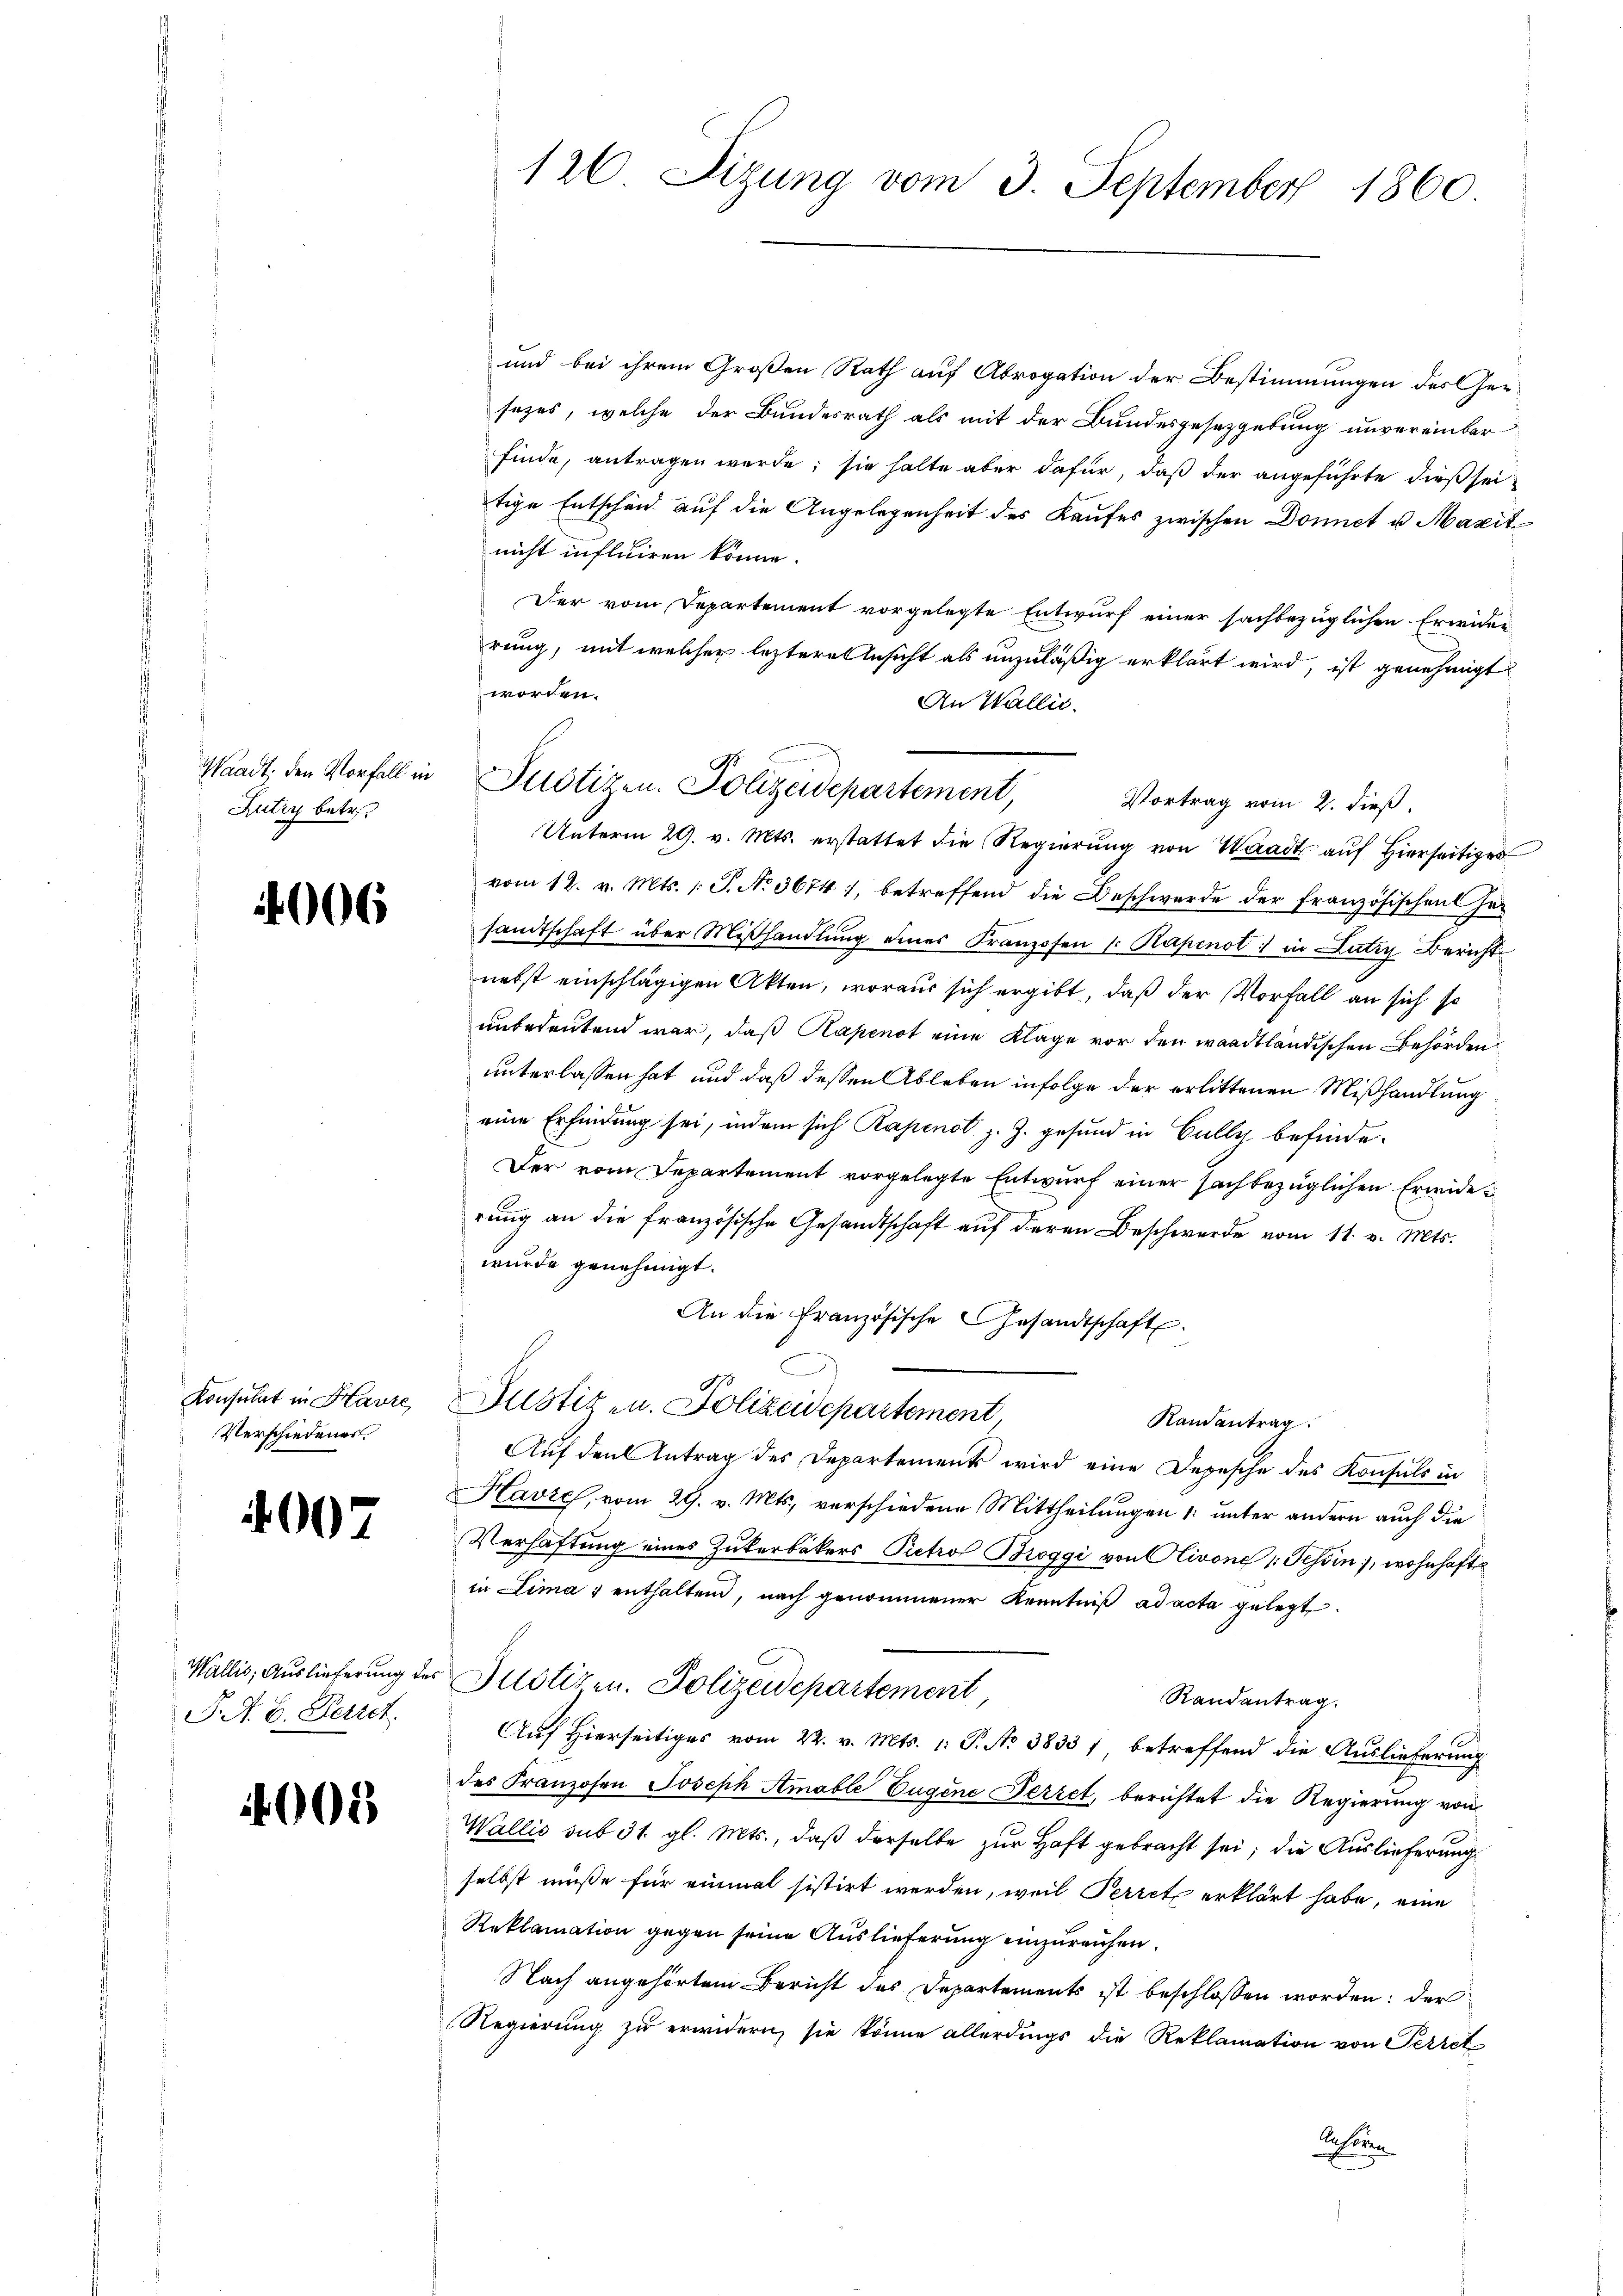
Waadt, den Vorfall in
Lutry betr.

4006

Konsulat in Havre,
Verschiedener

4007

Wallis, Auslieferung des
J. A. B. Petret

003

126. Sizung vom 3. September 1860.

und bei ihrem Großen Rath auf Abrogation der Bestimmungen des er-
sezes, welche der Bundesrath als mit der Bundesgesetzgebung unvereinbar
finde, antragen werde; sie halte aber dafür, daß der angeführte dieß seitige Entscheid auf die Angelegenheit des Kaufes zwischen Donnet u. Maxit
nicht influiren könne.
Der vom Departement vorgelegte Entwurf einer sachbezüglichen Erwider
rung, mit welcher leztere Ansicht als unzuläßig erklärt wird, ist genehmigt
worden.
An Wallis.
Vortrag vom 2. dieß.
Unterm 29. v. Mts. erstattet die Regierŭng von Waadt auf hierseitiges
vom 12. v. Mts. 1 S. No 3674), betreffend die Beschwerde der französischen Gesandtschaft über Mißhandlung eines Franzosen v. Kapenot in Lutry Bericht
nebst einschlägigen Akten, woraus sich ergibt, daß der Vorfall an sich so
unbedeutend war, daß Kapenot eine Klage vor den waadtländischen Behörden
unterlassen hat, und daß dessen Ableben infolge der erlittenen Mißhandlung
eine Erfindung sei, indem sich Rapenot z. Z. gesund in Gully befinde-
Der vom Departement vorgelegte Entwurf einer sachbezüglichen Erwiderung an die französische Gesandtschaft auf deren Beschwerde vom 11. v. Mts.
wurde genehmigt.
An die Französische Gesandtschaft.
Justiz- u. Polizeidepartement
Ramantrag
Auf den Antrag des Departements wird eine Depesche des Konsuls in
Havre, vom 29. v. Mts., verschiedene Mittheilungen 1. unter andern auch die
Verhaftung eines Zukerbäkers Petro Broggi von Olivone u. Tessin, wohnhafte
in Clima 1 enthalten, nach genommener Kenntniß ad acta gelegt.
Justizen. Polizeidepartement,
Randantrag.
Auf Hierseitiges vom 22. v. Mts. 1. P. No 3833 1 betreffend die Auslieferung
des Franzosen Joseph Amable Eugene Perret, berichtet die Regierung von
Wallis sub 31. gl. Mts., daß derselbe zur Haft gebracht sei; die Auslieferung
selbst müße für einmal sistirt werden, weil Perret erklärt habe, eine
Reklamation gegen seine Auslieferung einzureichen.
Nach angehörtem Bericht des Departements ist beschlossen worden: der
Regierung zu erwidern, sie könne allerdings die Reklamation von Perret
Rhonen

Justizen. Polizeidepartement,